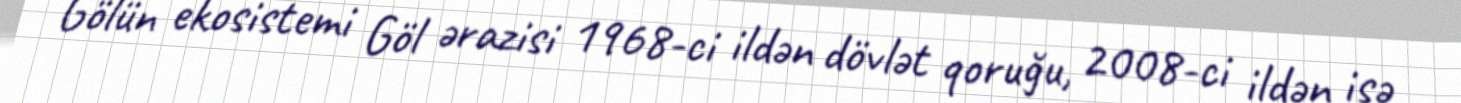
Gölün ekosistemi Göl ərazisi 1968-ci ildən dövlət qoruğu, 2008-ci ildən isə